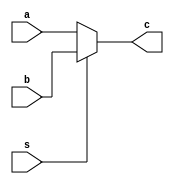
`timescale 1ns / 1ps
//////////////////////////////////////////////////////////////////////////////////
// Company: 
// Engineer: 
// 
// Design Name: 
// Module Name: MUX2_1_5
// Project Name: 
// Target Devices: 
// Tool Versions: 
// Description: 
// 
// Dependencies: 
// 
// Revision:
// Revision 0.01 - File Created
// Additional Comments:
// 
//////////////////////////////////////////////////////////////////////////////////


module MUX2_1_5(a , b , s , c) ;
    input[ 4:0] a , b ;
    input s;
    output [4:0] c;
    assign c = s ? b : a;
endmodule